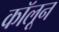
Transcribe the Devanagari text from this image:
कॉलून